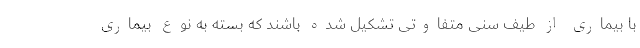
با بیماری از طیف سنی متفاوتی تشکیل شده باشند که بسته به نوع بیماری